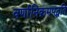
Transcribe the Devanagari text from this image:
वर्णानिक्रमपद्धति